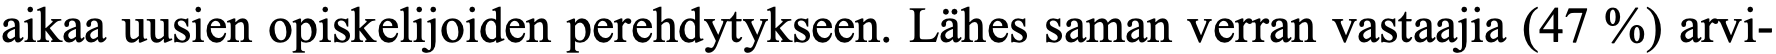
aikaa uusien opiskelijoiden perehdytykseen. Lähes saman verran vastaajia (47 %) arvi-